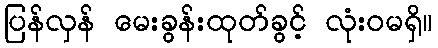
ပြန်လှန် မေးခွန်းထုတ်ခွင့် လုံးဝမရှိ။